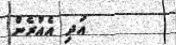
އަދި އެއުރެން